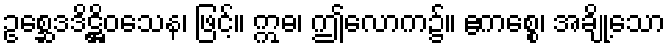
ဥစ္ဆေဒဒိဋ္ဌိဝသေန၊ ဖြင့်။ ဣဓ၊ ဤလောက၌။ ဧကစ္စေ၊ အချို့သော